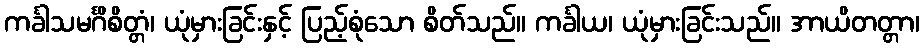
ကင်္ခါသမင်္ဂိစိတ္တံ၊ ယုံမှားခြင်းနှင့် ပြည့်စုံသော စိတ်သည်။ ကင်္ခါယ၊ ယုံမှားခြင်းသည်။ အာယိတတ္တာ၊